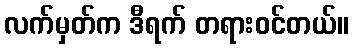
လက်မှတ်က ဒီရက် တရားဝင်တယ်။